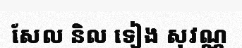
សែល និល ទៀង សុវណ្ណ